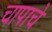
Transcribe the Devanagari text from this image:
चापाचे